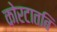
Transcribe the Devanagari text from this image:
कोरटातबि